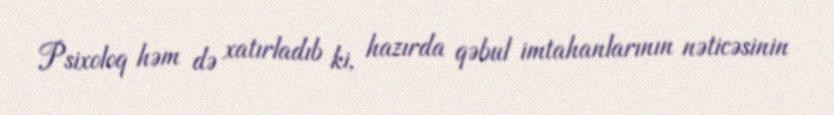
Psixoloq həm də xatırladıb ki, hazırda qəbul imtahanlarının nəticəsinin